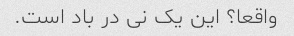
واقعا؟ این یک نی در باد است.